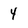
Character: 4